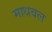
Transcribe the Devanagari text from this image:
माधवल